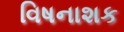
વિષનાશક